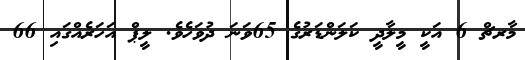
މާރޗް 6 އަކީ މީލާދީ ކަލަންޑަރުގެ 65ވަނަ ދުވަހެވެ. ލީޕް އަހަރެއްގައި 66